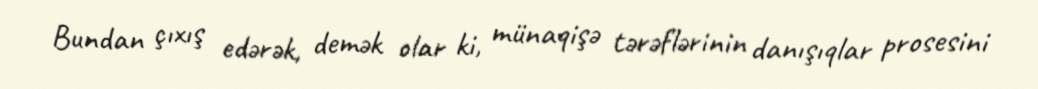
Bundan çıxış edərək, demək olar ki, münaqişə tərəflərinin danışıqlar prosesini